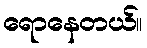
ရောနေတယ်။